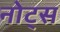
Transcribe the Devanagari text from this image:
नोट्‍स